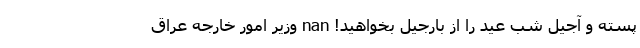
پسته و آجیل شب عید را از بارجیل بخواهید! nan وزیر امور خارجه عراق